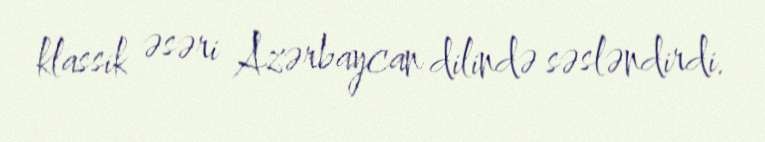
klassik əsəri Azərbaycan dilində səsləndirdi.